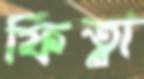
ফিত্না